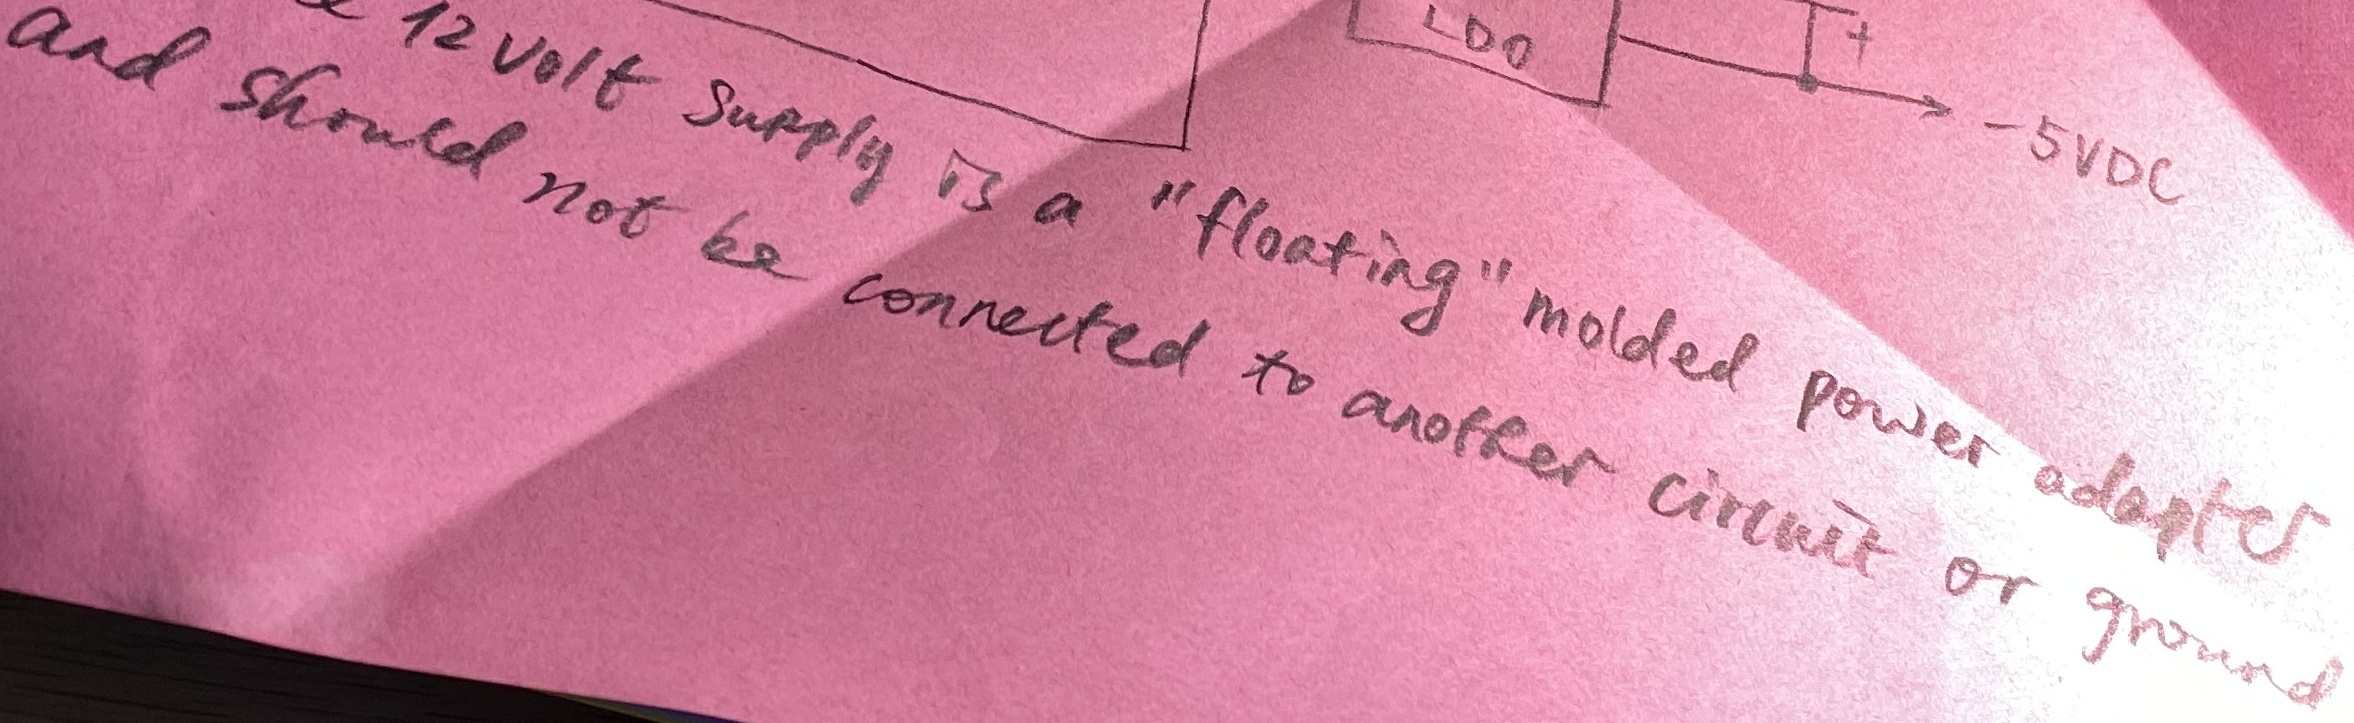
Text: and should not be connected to another circuit or ground